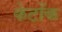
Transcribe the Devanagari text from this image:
केटोंक